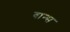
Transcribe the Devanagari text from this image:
वान्स